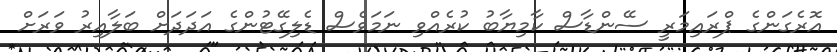
އޮރެގަންގެ ޕްރައިމަރީ ސޭންޑާސް ކާމިޔާބު ކުރެއްވި ނަމަވެސް ޑެލިގޭޓުންގެ އަދަދަށް ބަލާއިރު ވަރަށް